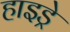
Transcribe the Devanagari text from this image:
हाइड्रे